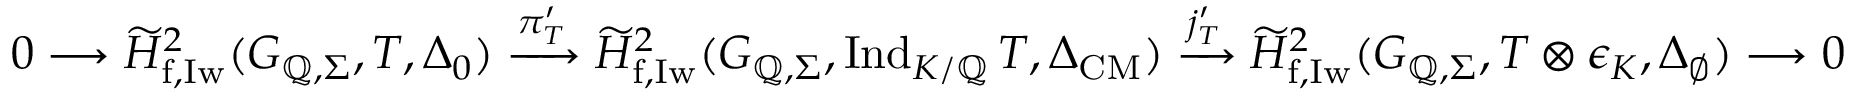
0 \longrightarrow \widetilde { H } _ { \mathrm { f , I w } } ^ { 2 } ( G _ { \mathbb { Q } , \Sigma } , T , \Delta _ { 0 } ) \xrightarrow { \pi _ { T } ^ { \prime } } \widetilde { H } _ { \mathrm { f , I w } } ^ { 2 } ( G _ { \mathbb { Q } , \Sigma } , \mathrm { I n d } _ { K / \mathbb { Q } } \, T , \Delta _ { \mathrm { C M } } ) \xrightarrow { j _ { T } ^ { \prime } } \widetilde { H } _ { \mathrm { f , I w } } ^ { 2 } ( G _ { \mathbb { Q } , \Sigma } , T \otimes \epsilon _ { K } , \Delta _ { \emptyset } ) \longrightarrow 0